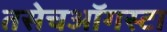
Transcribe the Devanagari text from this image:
तसेचऑगस्टा